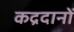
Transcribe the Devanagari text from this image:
कद्रदानों